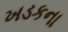
ખડકના